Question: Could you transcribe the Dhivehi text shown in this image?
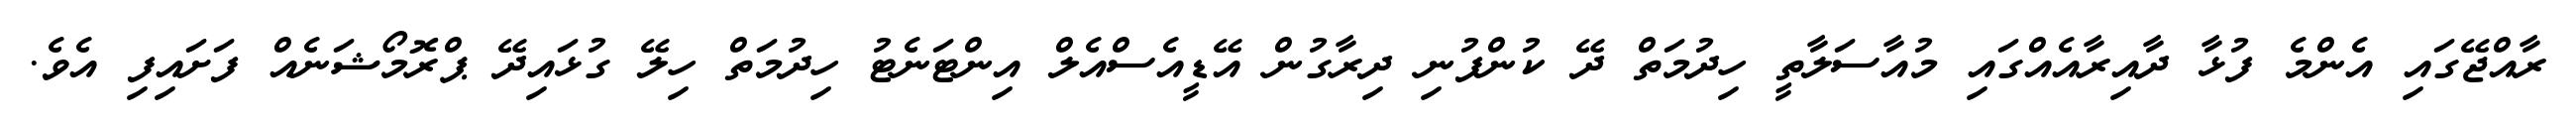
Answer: ރާއްޖޭގައި އެންމެ ފުޅާ ދާއިރާއެއްގައި މުއާސަލާތީ ހިދުމަތް ދޭ ކުންފުނި ދިރާގުން އޭޑީއެސްއެލް އިންޓަނެޓު ހިދުމަތް ހިލޭ ގުޅައިދޭ ޕްރޮމޯޝަނެއް ފަށައިފި އެވެ.